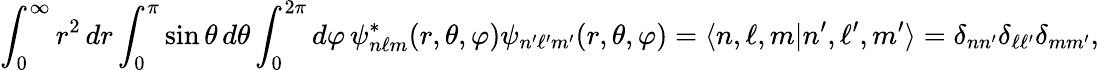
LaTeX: \int_{0}^{\infty}r^{2}\, dr\int_{0}^{\pi}\sin\theta\, d\theta\int_{0}^{2\pi}d\varphi\, \psi_{n\ell m}^{*}(r,\theta,\varphi)\psi_{n^{\prime}\ell^{\prime}m^{\prime}}(r,\theta,\varphi)=\langle n,\ell,m|n^{\prime},\ell^{\prime},m^{\prime}\rangle=\delta_{nn^{\prime}}\delta_{\ell\ell^{\prime}}\delta_{mm^{\prime}},